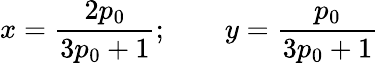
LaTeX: x=\frac{2p_{0}}{3p_{0}+1};\qquad y=\frac{p_{0}}{3p_{0}+1}